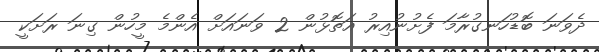
ދެވަނަ ބޮޑުހަނގުރާމަ ފެށުނުއިރު އަތޮޅުން 2 ވަނައަށް އެންމެ މީހުން ގިނަ ރަށަކީ